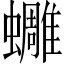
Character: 𧔿